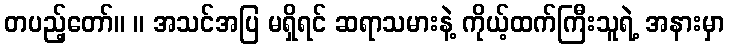
တပည့်တော်။ ။ အသင်အပြ မရှိရင် ဆရာသမားနဲ့ ကိုယ့်ထက်ကြီးသူရဲ့ အနားမှာ